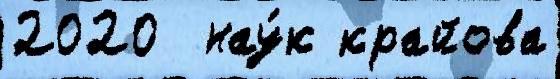
2020  нау́к крайова